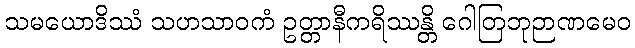
သမယောဒိဿံ သဟသာဝကံ ဥတ္တာနီကရိဿန္တိ ဂေါတြဘုဉာဏမေဝ